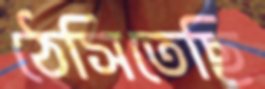
ঠেসিতেছি